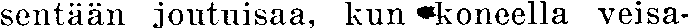
sentään joutuisaa, kun koneella veisa-